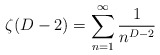
\begin{align*}\zeta (D-2)=\sum_{n=1}^{\infty }\frac{1}{n^{D-2}}\end{align*}